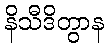
နိသီဒိတွာန